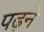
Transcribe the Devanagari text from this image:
पढ़नें